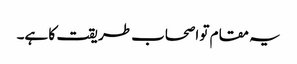
یہ مقام تو اصحاب طریقت کا ہے۔